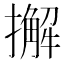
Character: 𢶷